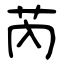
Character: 芮